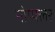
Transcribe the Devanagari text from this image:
नोप्फ्लर